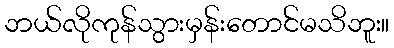
ဘယ်လိုကုန်သွားမှန်းတောင်မသိဘူး။